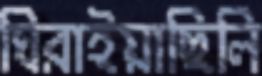
ঘিরাইয়াছিলি